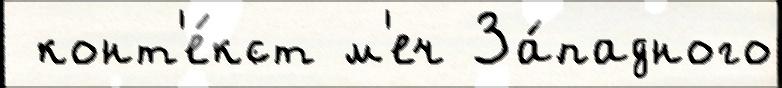
 конт'е́кст м'еч За́падного